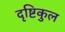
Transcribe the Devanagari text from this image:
दृष्टिकुल